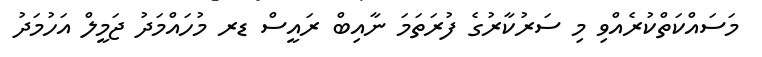
މަސައްކަތްކުރެއްވި މި ސަރުކާރުގެ ފުރަތަމަ ނާއިބް ރައީސް ޑރ މުހައްމަދު ޖަމީލް އަހުމަދު